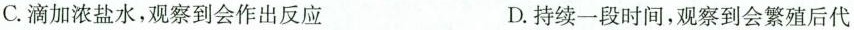
C.滴加浓盐水，观察到会作出反应 D.持续一段时间，观察到会繁殖后代